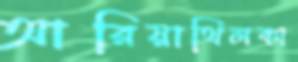
আরিয়াথিলকা